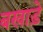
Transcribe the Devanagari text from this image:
बखाड़े